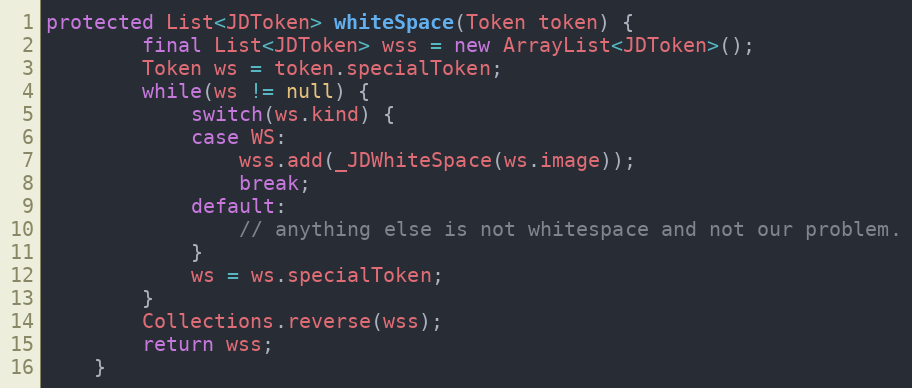
Language: Java
protected List<JDToken> whiteSpace(Token token) {
        final List<JDToken> wss = new ArrayList<JDToken>();
        Token ws = token.specialToken;
        while(ws != null) {
            switch(ws.kind) {
            case WS:
                wss.add(_JDWhiteSpace(ws.image));
                break;
            default:
                // anything else is not whitespace and not our problem.
            }
            ws = ws.specialToken;
        }
        Collections.reverse(wss);
        return wss;
    }